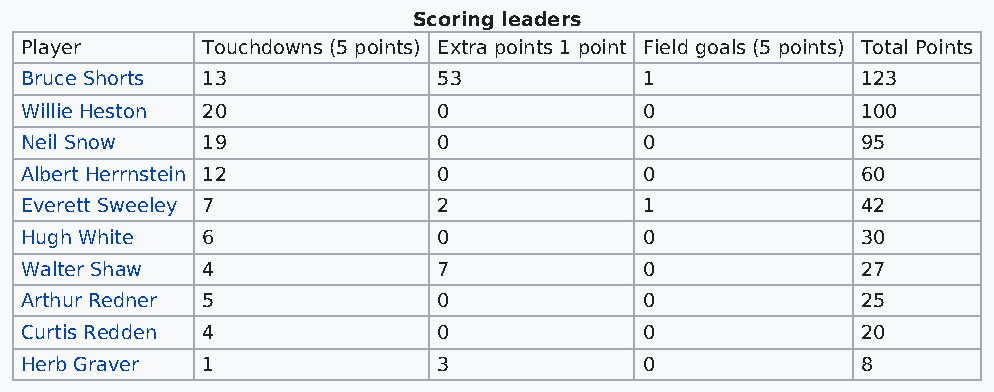
Scoring leaders
 Player      Touchdowns (5 points) Extra points 1 point Field goals (5 points) Total Points
 Bruce Shorts 13             53            1             123
 Willie Heston 20            0             0             100
 Neil Snow   19              0             0             95
 Albert Herrnstein 12        0             0             60
 Everett Sweeley 7           2             1             42
 Hugh White  6               0             0             30
 Walter Shaw 4               7             0             27
 Arthur Redner 5             0             0             25
 Curtis Redden 4             0             0             20
 Herb Graver 1               3             0             8